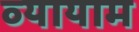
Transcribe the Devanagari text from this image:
व्‍यायाम